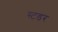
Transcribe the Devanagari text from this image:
स्टडर